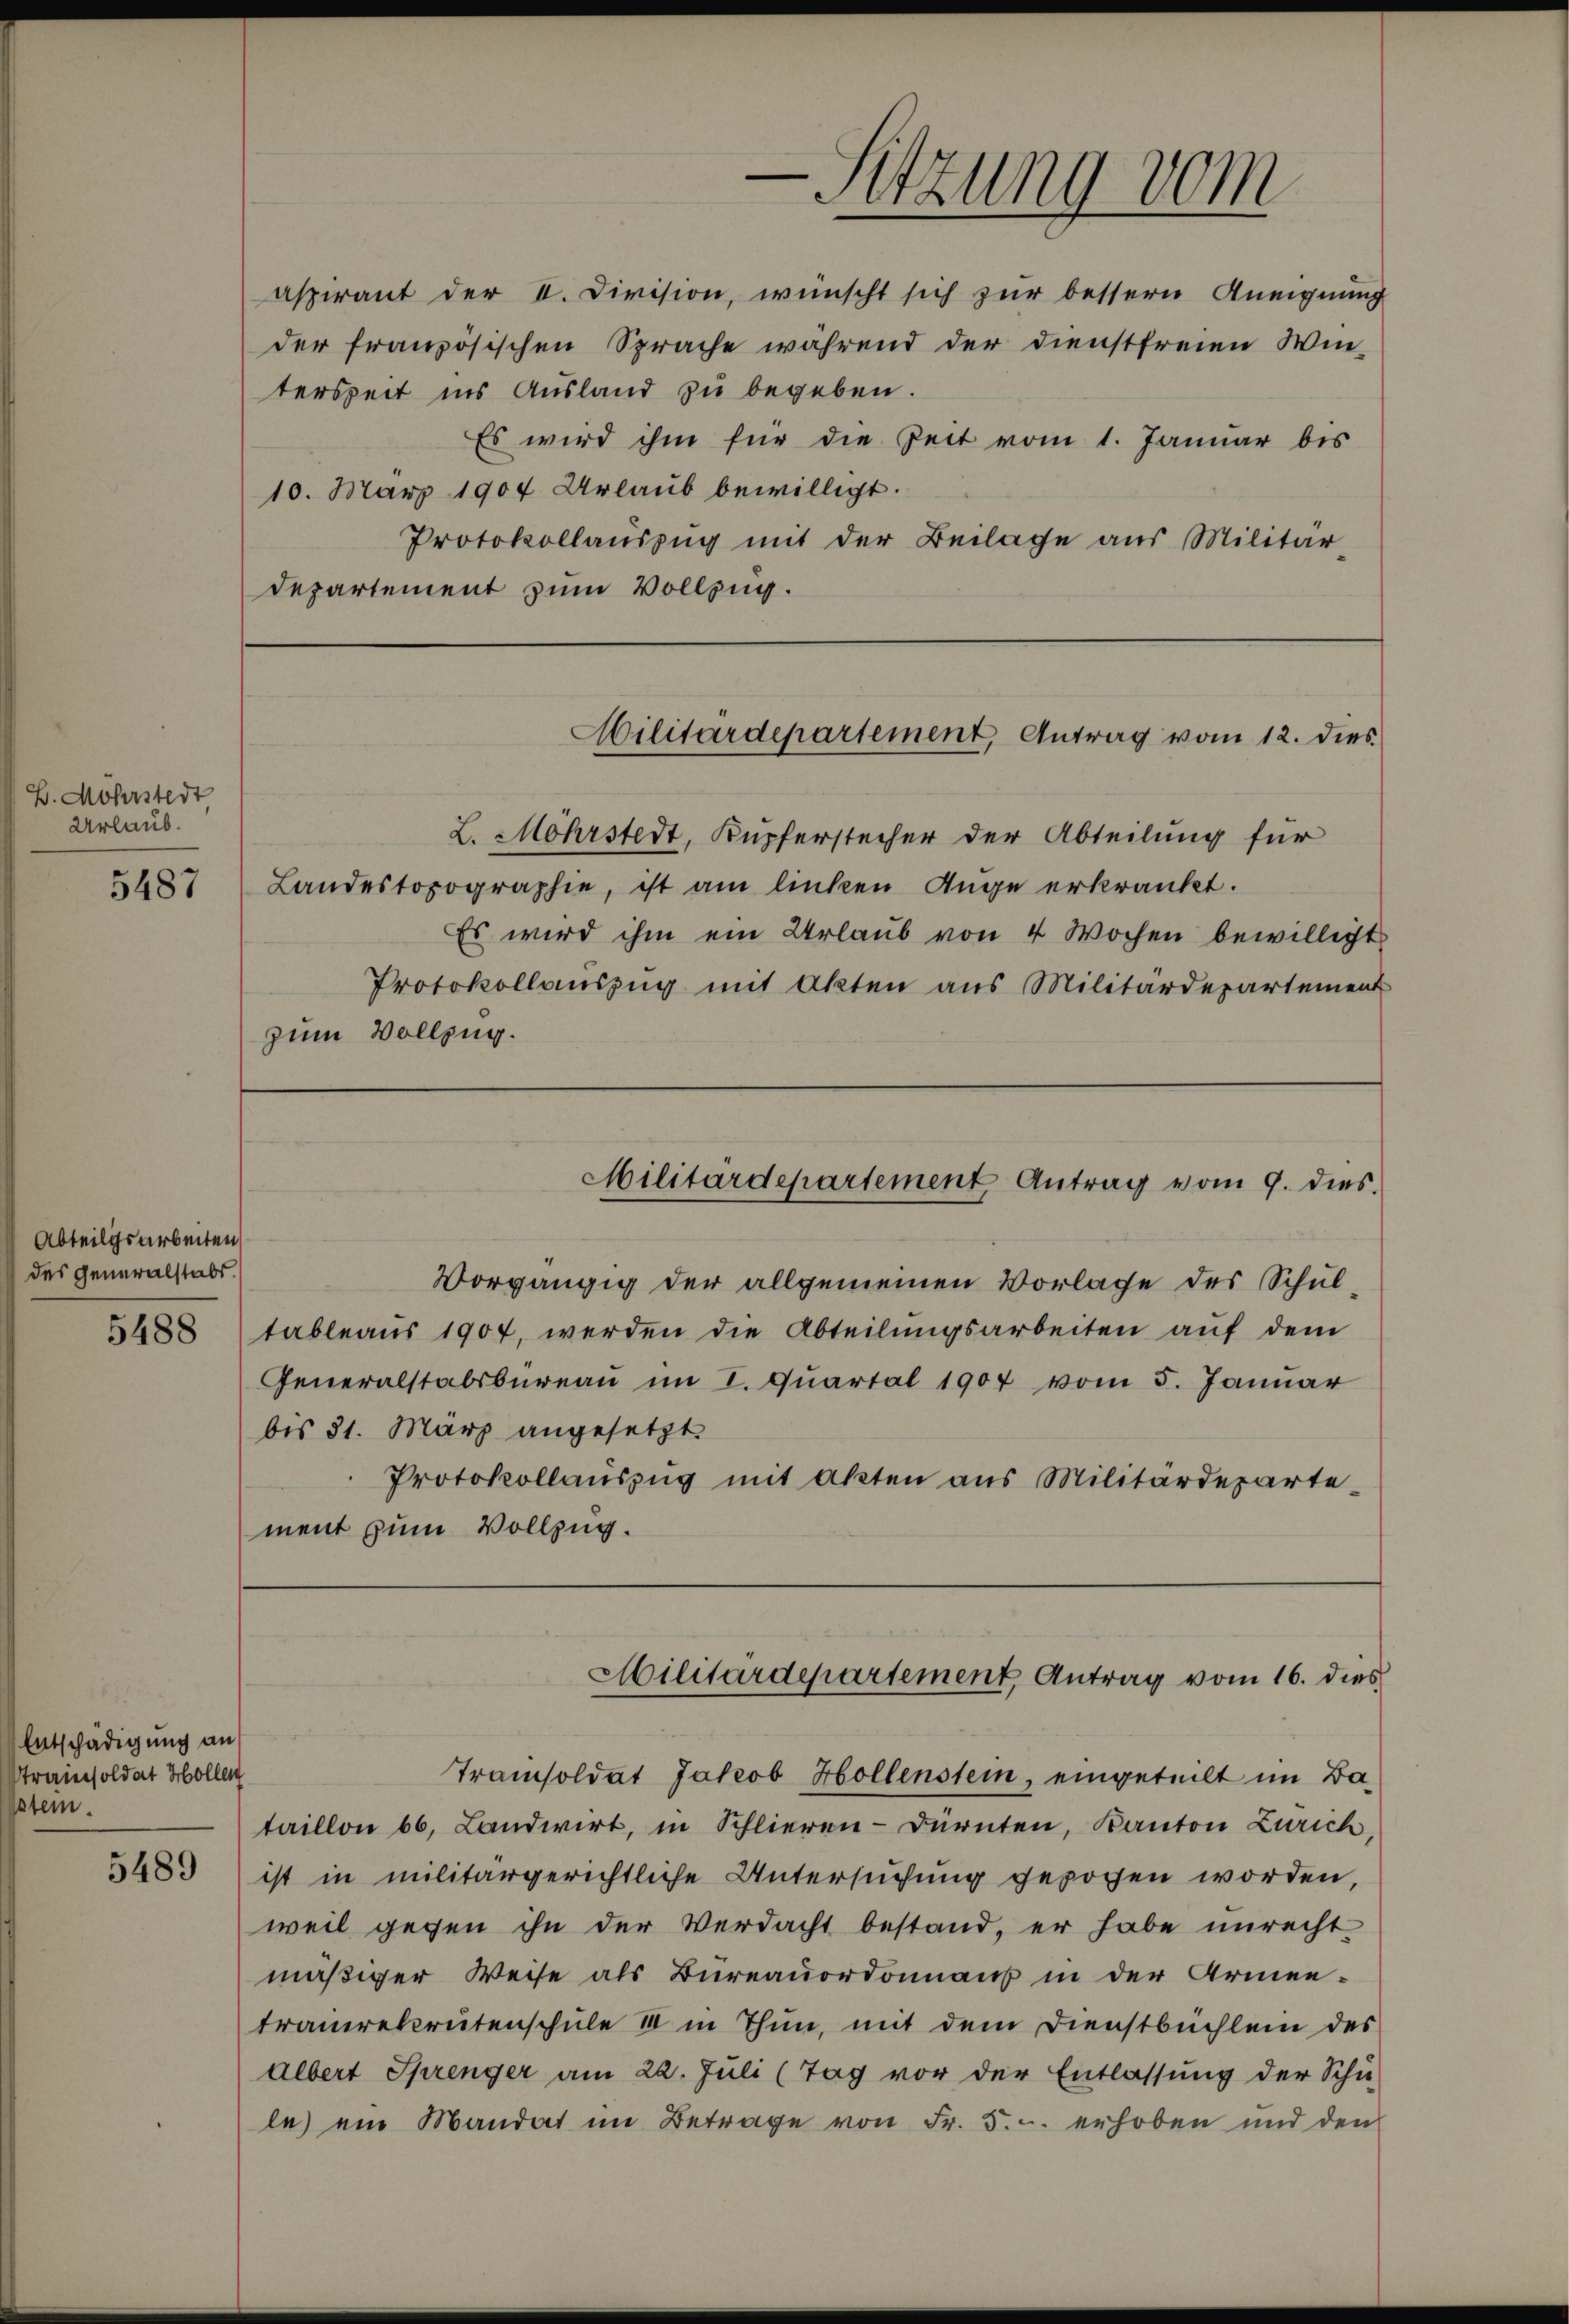
B. Möhrstert
Urlaub.
5487

Abteilgsarbeiten
des Generalstabs.
5488

Entschädigung an
trainsoldat Hollen
stein.

5489

der französischen Sprache während der Dienstfreien Win-
terszeit ins Ausland zu begeben.
Es wird ihm für die Zeit vom 1. Januar bis
10. März 1904 Urlaub bewilligt.
Protokollauszug mit der Beilage aus Militär
Departement zum Vollzug.

-Sitzung vom
aspirant der II. Division, wünscht sich zur bessern Aneignung

Militärdepartement, Antrag vom 12. dies

L. Mohrstedt, Kupferstecher der Abteilung für
Landestopographie, ist am linken Auge erkrankt.
Es wird ihm ein Urlaub von 4 Wochen bewilligt
Protokollauszug mit Akten aus Militärdepartement
zum Vollzug.

Vorgängig der allgemeinen Vorlage des Schultableaus 1904, werden die Abteilungsarbeiten auf dem
Generalstabsbüreaŭ im I. Quartal 1907 vom 5. Januar
bis 31. März angesetzt
Protokollauszug mit akten aus Militärdepartement zum Vollzug.

Militärdepartement Antrag vom 9. dies

Militärdepartement Antrag vom 16. dies

Tramisoldat Jakob Hollenstein, eingeteilt im Bataillon 66. Landwirt, in Schlieren-Dürnten, Kanton Zürich,
ist in militärgerichtliche Untersuchung gezogen worden,
weil gegen ihn der Verdacht bestand, er habe unrecht
mäßiger Weise als Bureauordonnaus in der Armentrauerekrutenschule III in Thun, mit dem Dienstbüchlein des
albert Sprenger am 22. Jŭli (Tag vor der Entlassŭng der Schü-
le) ein Mandat im Betrage von Fr. 5. u. erhoben und den